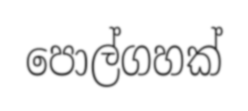
පොල්ගහක්